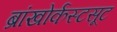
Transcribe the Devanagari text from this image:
ब्रांखोर्कस्टसूट